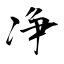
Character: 净